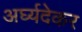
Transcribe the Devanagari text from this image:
अर्घ्यदेकर